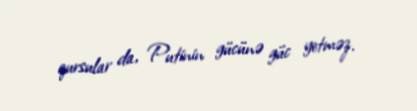
qursular da, Putinin gücünə güc yetməz.